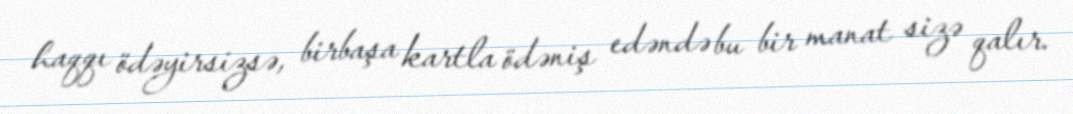
haqqı ödəyirsizsə, birbaşa kartla ödəniş edəndə bu bir manat sizə qalır.